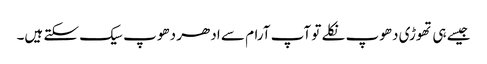
جیسے ہی تھوڑی دھوپ نکلے تو آپ آرام سے ادھر دھوپ سیک سکتے ہیں۔